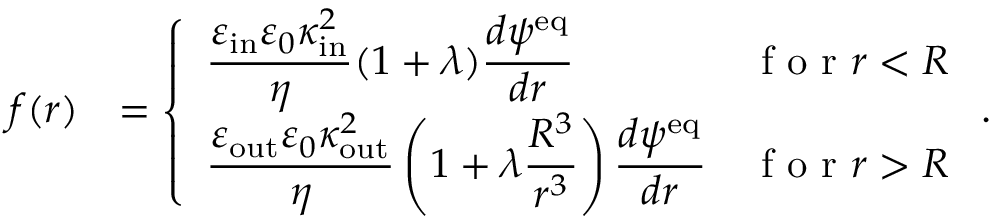
\begin{array} { r l } { f ( r ) } & { = \left\{ \begin{array} { l l } { \displaystyle \frac { \varepsilon _ { \mathrm { i n } } \varepsilon _ { 0 } \kappa _ { \mathrm { i n } } ^ { 2 } } { \eta } ( 1 + \lambda ) \frac { d \psi ^ { \mathrm { e q } } } { d r } } & { \textrm { f o r } r < R } \\ { \displaystyle \frac { \varepsilon _ { \mathrm { o u t } } \varepsilon _ { 0 } \kappa _ { \mathrm { o u t } } ^ { 2 } } { \eta } \left( 1 + \lambda \frac { R ^ { 3 } } { r ^ { 3 } } \right) \frac { d \psi ^ { \mathrm { e q } } } { d r } } & { \textrm { f o r } r > R } \end{array} \right. . } \end{array}